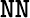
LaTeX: \tt NN